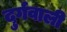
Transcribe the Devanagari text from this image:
दुर्गवाली